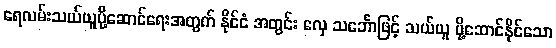
ရေလမ်းသယ်ယူပို့ဆောင်ရေးအတွက် နိုင်ငံ အတွင်း လှေ သင်္ဘောဖြင့် သယ်ယူ ပို့ဆောင်နိုင်သော